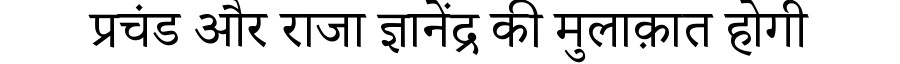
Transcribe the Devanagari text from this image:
प्रचंड और राजा ज्ञानेंद्र की मुलाक़ात होगी